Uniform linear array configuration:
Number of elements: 24
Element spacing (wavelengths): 0.25
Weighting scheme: exponential
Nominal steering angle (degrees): -60
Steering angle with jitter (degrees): -59.612
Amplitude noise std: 0.05
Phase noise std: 0.05

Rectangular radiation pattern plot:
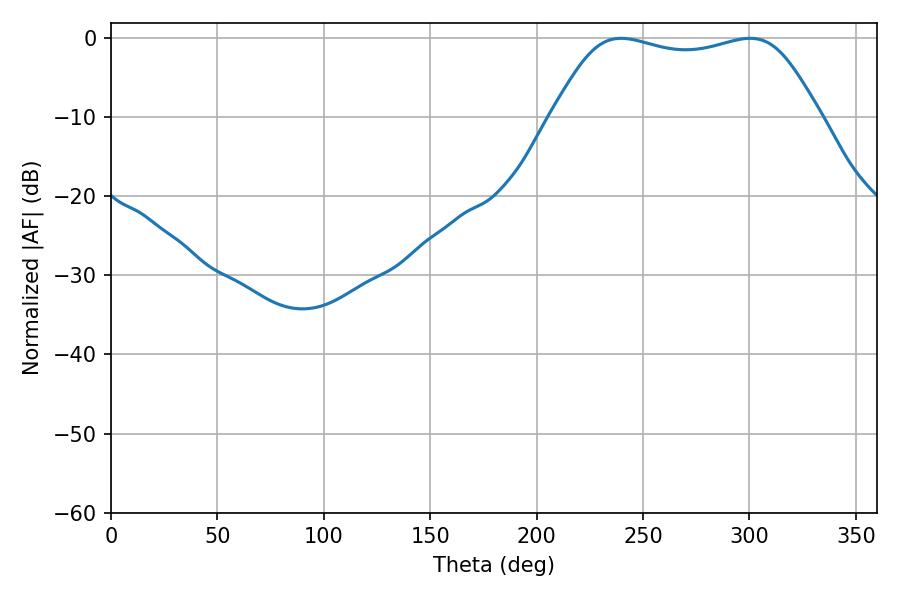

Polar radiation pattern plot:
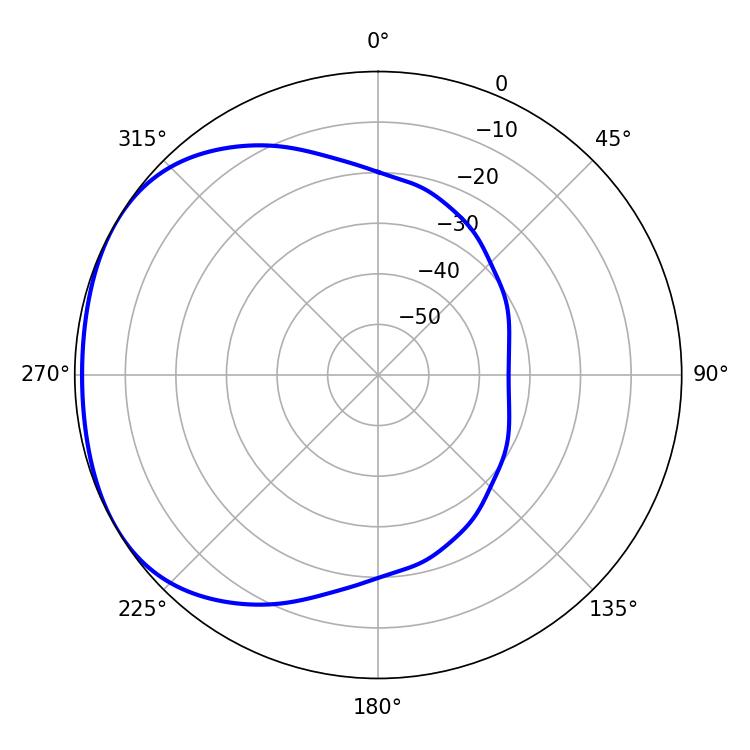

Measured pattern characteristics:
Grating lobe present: FALSE
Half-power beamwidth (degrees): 96.84
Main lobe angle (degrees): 239.76